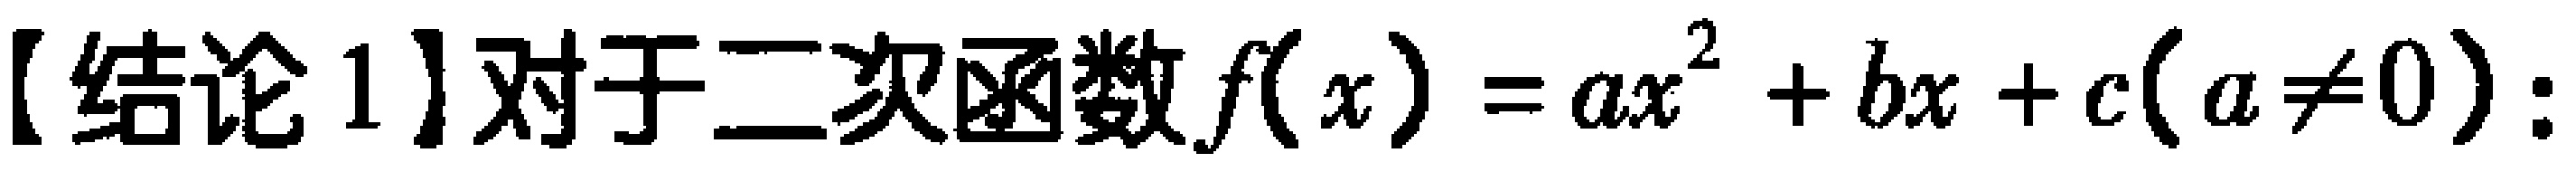
【结论1】对于二次函数\(f(x)=ax^{2}+bx + c(a\neq0)\)：